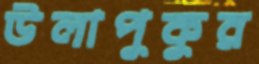
উলাপুকুর